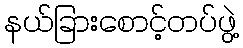
နယ်ခြားစောင့်တပ်ဖွဲ့